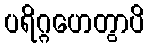
ပရိဂ္ဂဟေတွာပိ